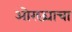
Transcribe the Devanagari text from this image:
ओरछ्याचा